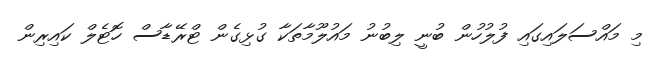
މި މައްސަލައިގައި ފުލުހުން ބުނީ ލިބުނު މައުލޫމާތަކާ ގުޅިގެން ޓްރޭޑާސް ހޮޓެލް ކައިރިން